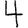
Digit: 4